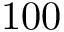
1 0 0